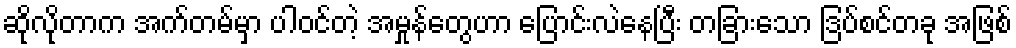
ဆိုလိုတာက အက်တမ်မှာ ပါဝင်တဲ့ အမှုန်တွေဟာ ပြောင်းလဲနေပြီး တခြားသော ဒြပ်စင်တခု အဖြစ်